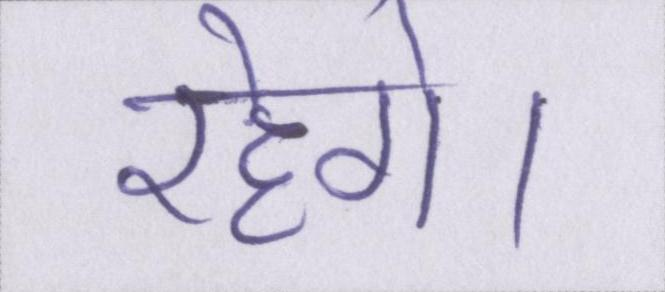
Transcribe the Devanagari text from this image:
रहेगे।